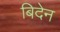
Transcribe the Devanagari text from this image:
बिदेन